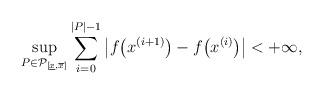
LaTeX: \begin{align*}\sup_{ P \in\mathcal{P}_{[\underline{x},\overline{x}]}} \sum_{i=0}^{|P|-1} \left\vert f\big(x^{(i+1)}\big)-f\big(x^{(i)}\big)\right\vert< + \infty,\end{align*}